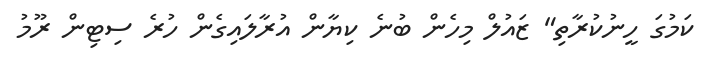
ކަމުގަ ހީނުކުރާތި" ޒައުލް މިހެން ބުނެ ކިޔާން އުރާލައިގެން ހުރެ ސިޓިން ރޫމު